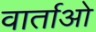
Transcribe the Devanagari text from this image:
वार्ताओ